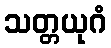
သတ္တယုဂံ